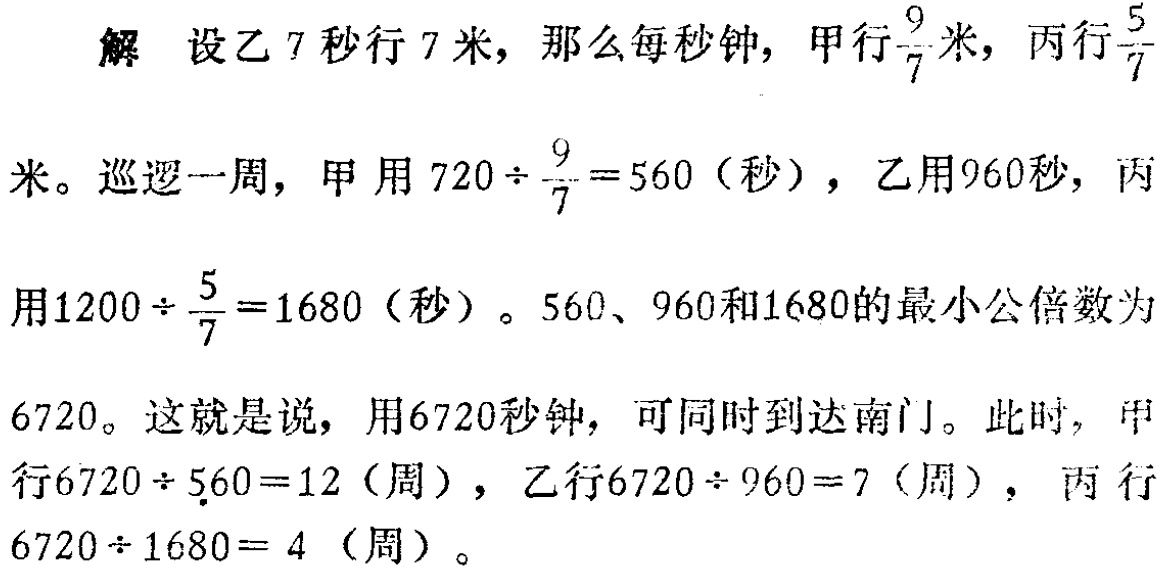
解 设乙7秒行7米，那么每秒钟，甲行$\frac{9}{7}$米，丙行$\frac{5}{7}$米。巡逻一周，甲用$720\div\frac{9}{7}=560$（秒），乙用960秒，丙用$1200\div\frac{5}{7}=1680$（秒）。560、960和1680的最小公倍数为6720。这就是说，用6720秒钟，可同时到达南门。此时，甲行$6720\div560 = 12$（周），乙行$6720\div960 = 7$（周），丙行$6720\div1680 = 4$（周）。